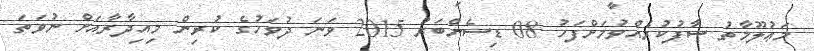
މަޢުލޫމާތު ސާފުކުރެއްވުމަށްފަހު 08 ޑިސެންބަރު 2015 ވަނަ ދުވަހުގެ ކުރިން މިއިދާރާއަށް ނުވަތަ